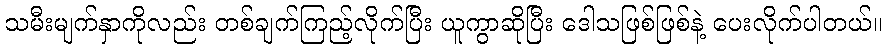
သမီးမျက်နှာကိုလည်း တစ်ချက်ကြည့်လိုက်ပြီး ယူကွာဆိုပြီး ဒေါသဖြစ်ဖြစ်နဲ့ ပေးလိုက်ပါတယ်။